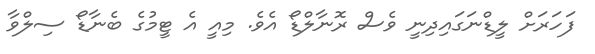
ފަހަރަށް ލީޑްނަގައިދިނީ ވެސް ރޮނާލްޑޯ އެވެ. މިއީ އެ ޓީމުގެ ބެނާޑޯ ސިލްވާ